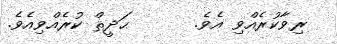
ރިވާކުރެއްވި އެވެ.      ޙަދީޘް ކުރެއްވިއެވެ.